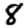
Digit: 8